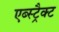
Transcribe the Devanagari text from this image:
एब्स्ट्रैक्ट